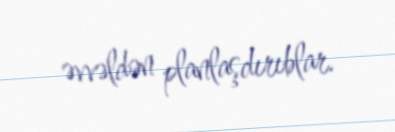
əvvəldən planlaşdırıblar.